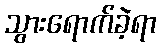
သွားရောက်ခဲ့ရာ